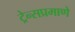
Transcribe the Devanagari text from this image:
ट्रेन्सप्रमाणे